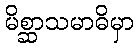
မိစ္ဆာသမာဓိမှာ